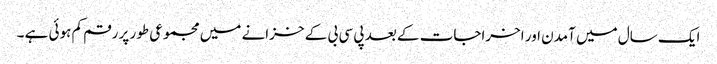
ایک سال میں آمدن اور اخراجات کے بعد پی سی بی کے خزانے میں مجموعی طور پر رقم کم ہوئی ہے ۔